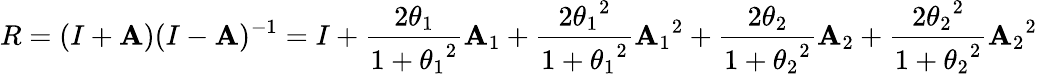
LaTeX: R=(I+\mathbf{A})(I-\mathbf{A})^{-1}=I+{\frac{{2\theta_{1}}}{{1+{\theta_{1}}^{2}}}}\mathbf{A}_{1}+{\frac{{2{\theta_{1}}^{2}}}{{1+{\theta_{1}}^{2}}}}{\mathbf{A}_{1}}^{2}+{\frac{{2\theta_{2}}}{{1+{\theta_{2}}^{2}}}}\mathbf{A}_{2}+{\frac{{2{\theta_{2}}^{2}}}{{1+{\theta_{2}}^{2}}}}{\mathbf{A}_{2}}^{2}